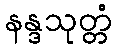
နန္ဒသုတ္တံ